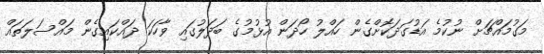
މަގުމައްޗަށް ނުކުމެ އަޑުގަދަކޮށްގެން ހައްލު ހޯދަން އުޅުމުގެ ބަދަލުގައި ވާހަކަ ދައްކަައިގެން މައްސަލަތައް